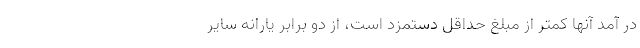
در آمد آنها کمتر از مبلغ حداقل دستمزد است، از دو برابر یارانه سایر